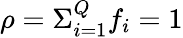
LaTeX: \rho=\Sigma_{i=1}^{Q}f_{i}=1